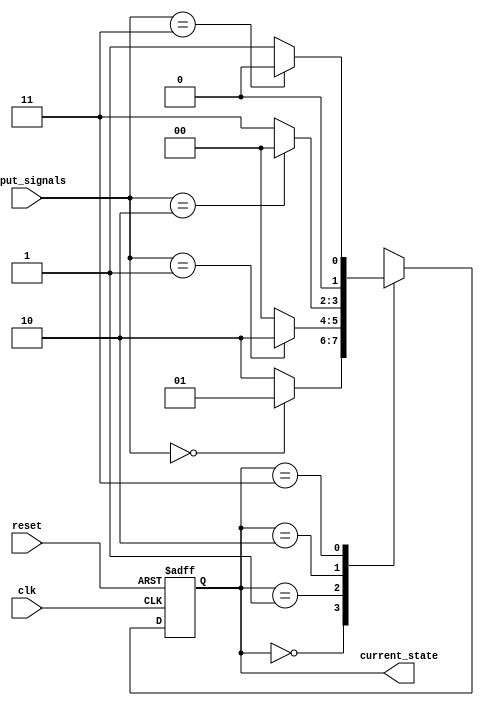
module fsm (
    input wire clk,
    input wire reset,
    input wire [1:0] input_signals,
    output wire [1:0] current_state
);

// Define states
parameter STATE_A = 2'b00;
parameter STATE_B = 2'b01;
parameter STATE_C = 2'b10;
parameter STATE_D = 2'b11;

// State variables
reg [1:0] current_state;

// State transition logic
always @(posedge clk or posedge reset) begin
    if (reset) begin
        current_state <= STATE_A; // Initial state
    end
    else begin
        case(current_state)
            STATE_A: begin
                if (input_signals == 2'b00) begin
                    current_state <= STATE_B;
                end
                else begin
                    current_state <= STATE_C;
                end
            end
            STATE_B: begin
                if (input_signals == 2'b01) begin
                    current_state <= STATE_C;
                end
                else begin
                    current_state <= STATE_A;
                end
            end
            STATE_C: begin
                if (input_signals == 2'b10) begin
                    current_state <= STATE_A;
                end
                else begin
                    current_state <= STATE_D;
                end
            end
            STATE_D: begin
                if (input_signals == 2'b11) begin
                    current_state <= STATE_A;
                end
                else begin
                    current_state <= STATE_B;
                end
            end
        endcase
    end
end

endmodule